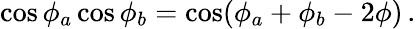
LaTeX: \cos\phi_{a}\cos\phi_{b}=\cos(\phi_{a}+\phi_{b}-2\phi)\, .